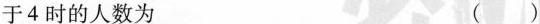
于4时的人数为 ()